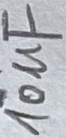
Text: 10µF